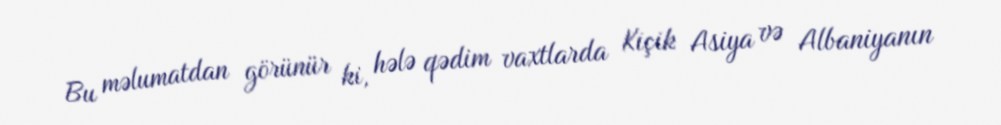
Bu məlumatdan görünür ki, hələ qədim vaxtlarda Kiçik Asiya və Albaniyanın